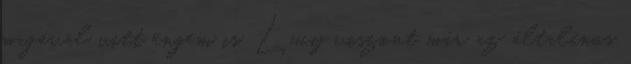
magával vitt engem is, Lucy viszont már az általános